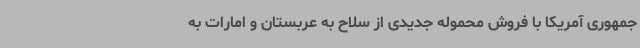
‌جمهوری آمریکا با فروش محموله جدیدی از سلاح به عربستان و امارات به